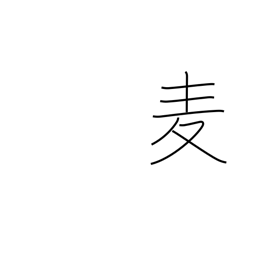
Meaning: wheat